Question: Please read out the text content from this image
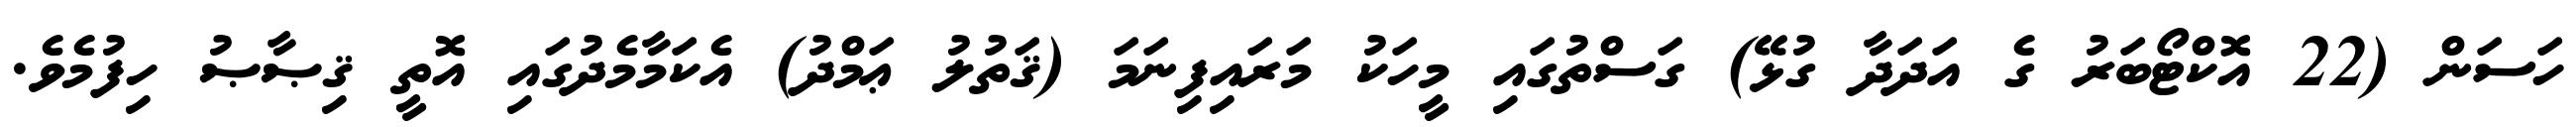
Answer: ހަސަން (22 އޮކްޓޯބަރު ގެ އަދަދާ ގުޅޭ) ގަސްތުގައި މީހަކު މަރައިފިނަމަ (ޤަތުލު ޢަމްދު) އެކަމާމެދުގައި އޮތީ ޤިޞާޞު ހިފުމެވެ.